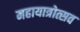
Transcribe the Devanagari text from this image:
महायात्रोत्सव